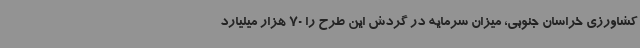
کشاورزی خراسان جنوبی، میزان سرمایه در گردش این طرح را 70 هزار میلیارد